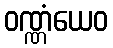
ဝဏ္ဏံယေဝ